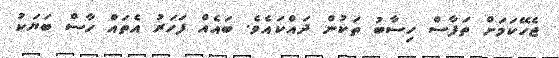
ޖެހޭކަމަށް ތަފާސް ހިސާބު ތަކުން ދައްކައެވެ. ބައެއް ފަހަރު އެތައް ހާސް ބަޔަކު